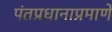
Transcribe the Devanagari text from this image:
पंतप्रधानाप्रमाणे